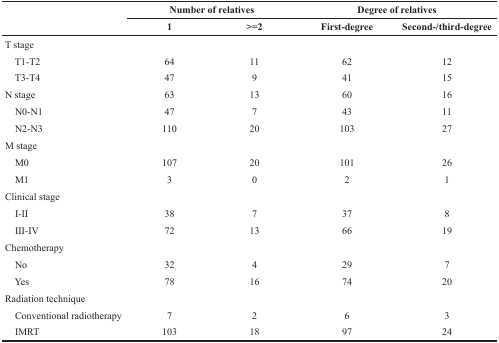
|  | <COLSPAN=2> Number of relatives | <COLSPAN=2> Degree of relatives |
 |  | 1 | >=2 | First-degree | Second-/third-degree |
 | --- | --- | --- | --- | --- |
 | T stage |  |  |  |  |
 | T1-T2 | 64 | 11 | 62 | 12 |
 | T3-T4 | 47 | 9 | 41 | 15 |
 | N stage | 63 | 13 | 60 | 16 |
 | N0-N1 | 47 | 7 | 43 | 11 |
 | N2-N3 | 110 | 20 | 103 | 27 |
 | M stage |  |  |  |  |
 | M0 | 107 | 20 | 101 | 26 |
 | M1 | 3 | 0 | 2 | 1 |
 | Clinical stage |  |  |  |  |
 | I-II | 38 | 7 | 37 | 8 |
 | III-IV | 72 | 13 | 66 | 19 |
 | Chemotherapy |  |  |  |  |
 | No | 32 | 4 | 29 | 7 |
 | Yes | 78 | 16 | 74 | 20 |
 | Radiation technique |  |  |  |  |
 | Conventional radiotherapy | 7 | 2 | 6 | 3 |
 | IMRT | 103 | 18 | 97 | 24 |